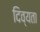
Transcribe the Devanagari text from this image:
दिव्‍यता